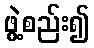
ဖွဲ့စည်း၍